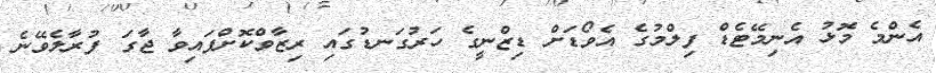
އެންމެ މޮޅު އެނިމޭޓެޑް ފިލްމުގެ އެވޯޑަށް ޑިޒްނީގެ ހަރުގަނޑުގައި ރިޒާވްކޮށްފައިވާ ޖާގަ ފުރާލެވޭނެ